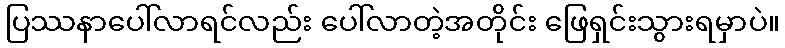
ပြဿနာပေါ်လာရင်လည်း ပေါ်လာတဲ့အတိုင်း ဖြေရှင်းသွားရမှာပဲ။